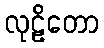
လုဠိတော